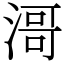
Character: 滒